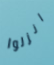
انزلوا